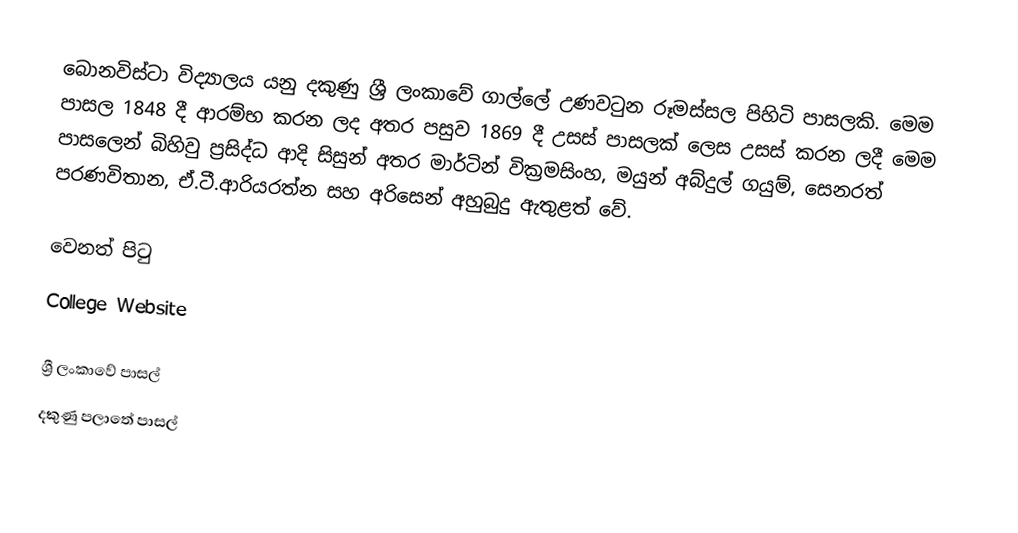
බොනවිස්ටා විද්‍යාලය යනු දකුණු ශ්‍රී ලංකාවේ ගාල්ලේ උණවටුන රූමස්සල පිහිටි පාසලකි. මෙම පාසල 1848 දී ආරම්භ කරන ලද අතර පසුව 1869 දී උසස් පාසලක් ලෙස උසස් කරන ලදී  මෙම පාසලෙන් බිහිවු ප්‍රසිද්ධ ආදි සිසුන් අතර මාර්ටින් වික්‍රමසිංහ, මයුන් අබ්දුල් ගයුම්, සෙනරත් පරණවිතාන, ඒ.ටී.ආරියරත්න සහ අරිසෙන් අහුබුදු ඇතුළත් වේ.

වෙනත් පිටු
 College Website

ශ්‍රී ලංකාවේ පාසල්
දකුණු පලාතේ පාසල්